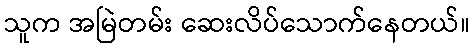
သူက အမြဲတမ်း ဆေးလိပ်သောက်နေတယ်။